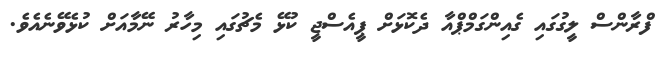
ފްރާންސް ލީގުގައި ގެއިންގަމްޕްއާ ދެކޮޅަށް ޕީއެސްޖީ ކުޅޭ މެޗުގައި މިހާރު ނޭމާއަށް ކުޅެވޭނެއެވެ.